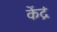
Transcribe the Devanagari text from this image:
केंद्रं